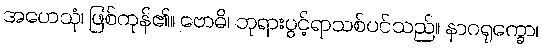
အဟေသုံ၊ ဖြစ်ကုန်၏။ ဗောဓိ၊ ဘုရားပွင့်ရာသစ်ပင်သည်။ နာဂရုက္ခော၊